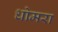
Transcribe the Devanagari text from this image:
धोमरा